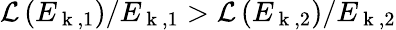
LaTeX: \mathcal{L}\left(E_{\mathrm{~k~},1}\right)/E_{\mathrm{~k~},1}>\mathcal{L}\left(E_{\mathrm{~k~},2}\right)/E_{\mathrm{~k~},2}